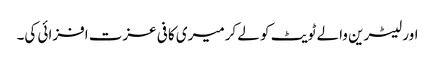
اور لیٹرین والے ٹویٹ کو لے کرمیری کافی عزت افزائی کی۔